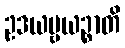
ဥဒယဗ္ဗယဉ္စာတိ